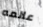
عالمه